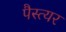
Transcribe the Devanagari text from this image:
पैस्त्यर